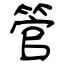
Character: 管